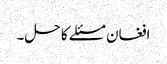
افغان مسئلے کا حل۔